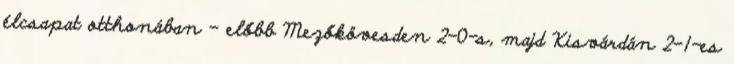
élcsapat otthonában – előbb Mezőkövesden 2–0-s, majd Kisvárdán 2–1-es